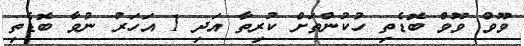
ވޫވް ވޫވް ބޮޑެތި ހުކުންތަށް ކުރިތާ އަދި 1 އަހަރު ނުވާ ބޮޑެތި